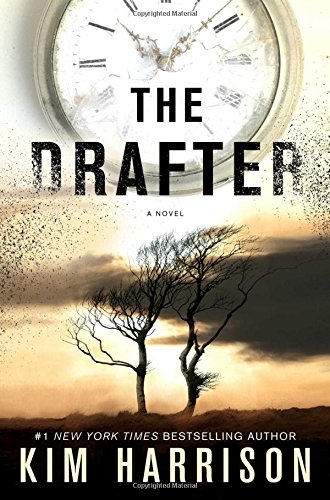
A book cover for The Drafter (The Peri Reed Chronicles); Kim Harrison; Science Fiction & Fantasy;